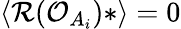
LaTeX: \langle{\cal R}({\cal O}_{A_{i}})*\rangle=0